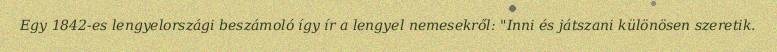
Egy 1842-es lengyelországi beszámoló így ír a lengyel nemesekről: "Inni és játszani különösen szeretik.